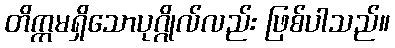
တိက္ကမရှိသောပုဂ္ဂိုလ်လည်း ဖြစ်ပါသည်။